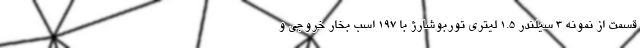
قسمت از نمونه 3 سیلندر 1.5 لیتری توربوشارژ با 197 اسب بخار خروجی و